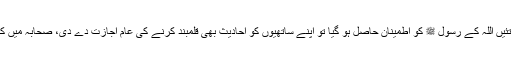
‘‘رسول اللہ ﷺکا یہ حکم سن 7 ہجری تک برقرار رہا، لیکن جب قرآن کی حفاظت کے تئیں اللہ کے رسول ﷺ کو اطمینان حاصل ہو گیا تو اپنے ساتھیوں کو احادیث بھی قلمبند کرنے کی عام اجازت دے دی، صحابہ میں کچھ لوگ ایسے تھے جو آپ کی باتیں سننے کے بعد انہیں باضابطہ لکھ لیا کرتے تھے۔